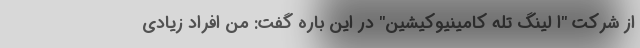
از شرکت "ا لینگ تله کامینیوکیشین" در این باره گفت: من افراد زیادی